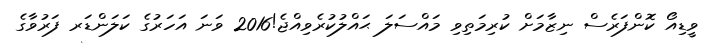
ވީޑިއޯ ކޮންފަރެސް ނިޒާމަށް ކުރިމަތިވި މައްސަލަ ޙައްލުކުރެވިއްޖެ!2016 ވަނަ އަހަރުގެ ކަލަންޑަރ ފަރުވާގެ